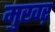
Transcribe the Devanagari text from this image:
मुखऱ